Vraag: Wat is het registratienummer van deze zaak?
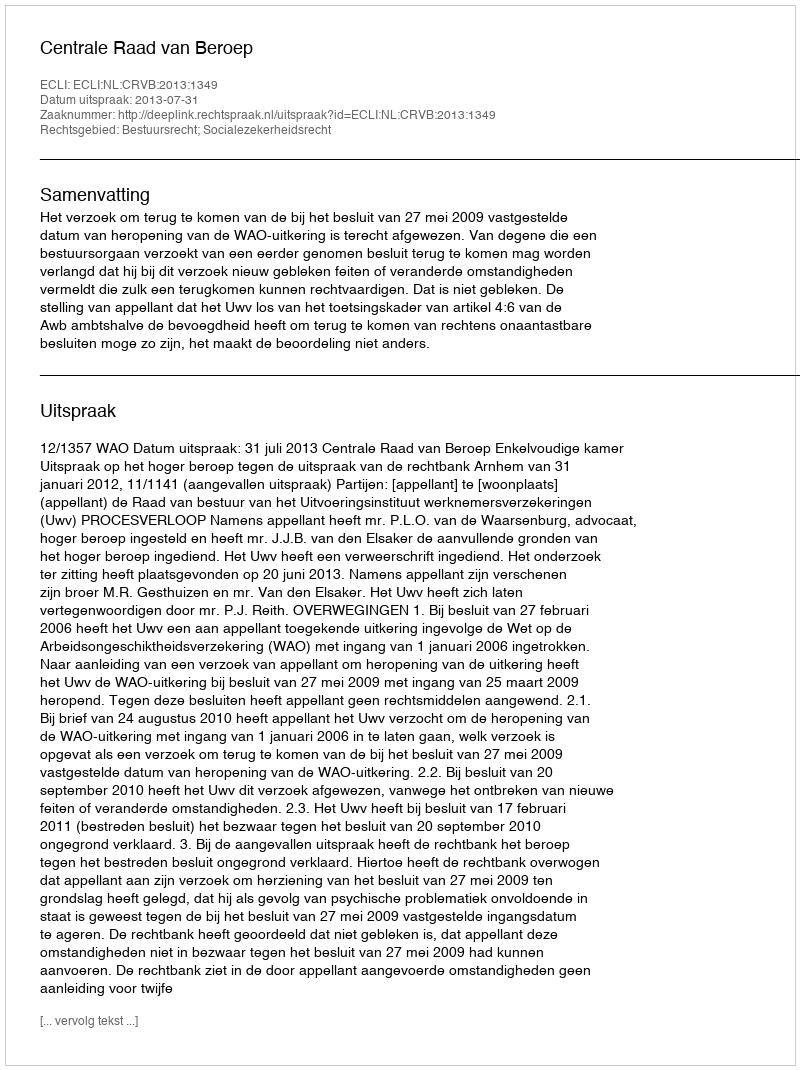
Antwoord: http://deeplink.rechtspraak.nl/uitspraak?id=ECLI:NL:CRVB:2013:1349